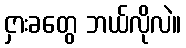
ငှားခတွေ ဘယ်လိုလဲ။